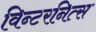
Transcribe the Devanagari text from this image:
विन्टरनित्स